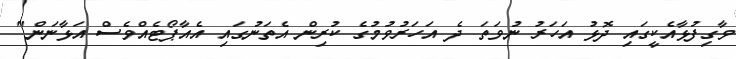
ވާގިފުޅާއެކީގައި ދޮޅު އަހަރު ނުވަތަ ދެ އަހަރުވުމުގެ ކުރިން އެތަނުގައި އެއާޕޯޓެއްވެސް އަޅާނަން"